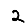
Digit: 2